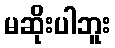
မဆိုးပါဘူး